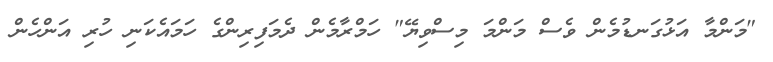
"މަންމާ އަޅުގަނޑުމެން ވެސް މަންމަ މިސްވިޔޭ" ހަމްރާމެން ދެމަފިރިންގެ ހަމައެކަނި ހުރި އަންހެން